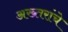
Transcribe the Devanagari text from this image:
अख्तरांचे